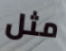
مثل